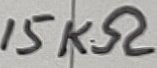
Text: 15KΩ